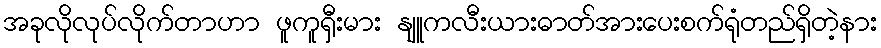
အခုလိုလုပ်လိုက်တာဟာ ဖူကူရှီးမား နျူကလီးယားဓာတ်အားပေးစက်ရုံတည်ရှိတဲ့နား